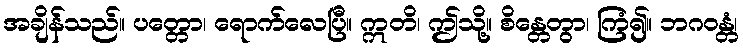
အချိန်သည်။ ပတ္တော၊ ရောက်လေပြီ။ ဣတိ၊ ဤသို့။ စိန္တေတွာ၊ ကြံ၍။ ဘဂဝန္တံ၊